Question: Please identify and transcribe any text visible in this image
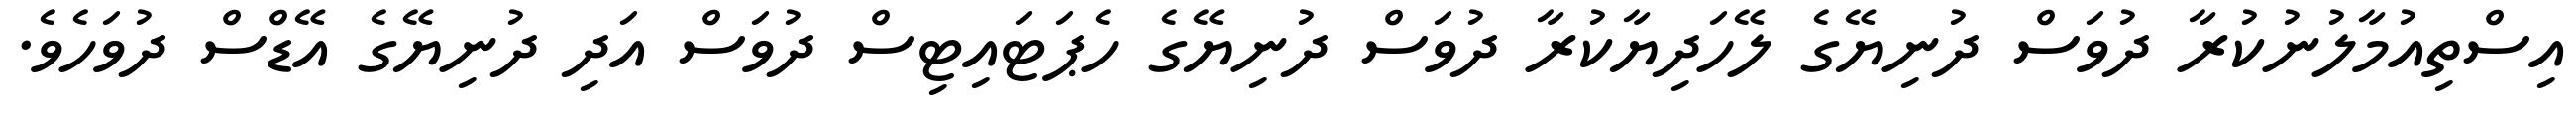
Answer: އިސްތިއުމާލުނުކުރާ ދުވަސް ދުނިޔޭގެ ލޭހަދިޔާކުރާ ދުވަސް ދުނިޔޭގެ ހެޕަޓައިޓިސް ދުވަސް އަދި ދުނިޔޭގެ އޭޑްސް ދުވަހެވެ.